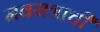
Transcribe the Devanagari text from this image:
नवरात्राची